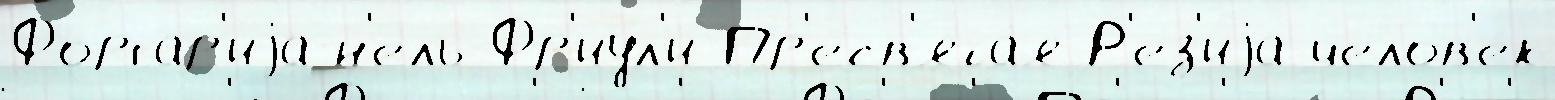
Форгар'иjа-н'ель-Фр'иул'и Пр'есв'ята́я Р'ез'иjа челов'е́к